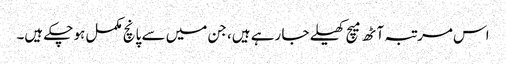
اس مرتبہ آٹھ میچ کھیلے جا رہے ہیں، جن میں سے پانچ مکمل ہو چکے ہیں۔